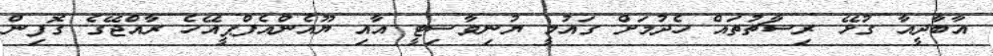
އާބާދީއާ ގުޅޭ ރިސާޗުތައް ހެދުމަށް ގައުމީ ޔުނިވާސިޓީ އާއި ޔޫއެންއެފްޕީއޭހެ ރާއްޖޭގެ ގޮފިން